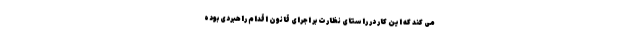
می کند که این کار در راستای نظارت بر اجرای قانون اقدام راهبردی بوده